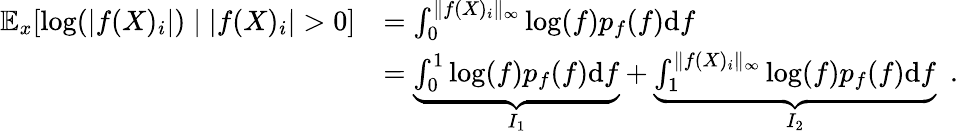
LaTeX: \begin{array}{rl}{\mathbb{E}_{x}[\log(|f(X)_{i}|)\mid|f(X)_{i}|>0]}&{=\int_{0}^{\Vert f(X)_{i}\Vert_{\infty}}\log(f)p_{f}(f)\mathrm{d}f}\\ &{=\underbrace{\int_{0}^{1}\log(f)p_{f}(f)\mathrm{d}f}_{I_{1}}+\underbrace{\int_{1}^{\Vert f(X)_{i}\Vert_{\infty}}\log(f)p_{f}(f)\mathrm{d}f}_{I_{2}}\enspace.}\end{array}